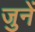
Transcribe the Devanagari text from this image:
जुनें